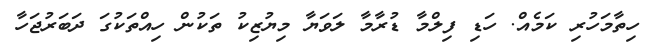
ހިތާމަހުރި ކަމެއް. ހަޑި ފިލްމާ ޑުރާމާ ލަވަޔާ މިޔުޒިކު ތަކުން ހިއްތަކުގަ ދަބަރުޖަހާ